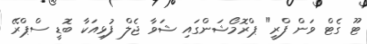
ޓޫ ގެޓް ވަން ފްރީ" ޕްރޮމޯޝަންގައި ޝަވާ ޖެލް ފުޅިއަކާ ބޮޑީ ސްޕްރޭ